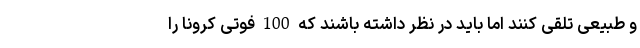
و طبیعی تلقی کنند اما باید در نظر داشته باشند که 100 فوتی کرونا را